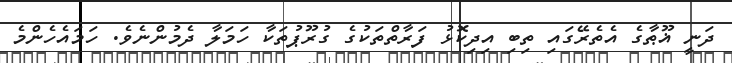
ދަނީ ޣޫޠާގެ އެތެރޭގައި ތިބި އިދިކޮޅު ފަރާތްތަކުގެ ގުރޫޕުތަކާ ހަމަލާ ދެމުންނެވެ. ހަމައެހެންމެ